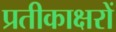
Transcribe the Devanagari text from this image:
प्रतीकाक्षरों